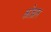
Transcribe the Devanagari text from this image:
कोच्रान